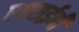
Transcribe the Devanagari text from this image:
एएसईबी